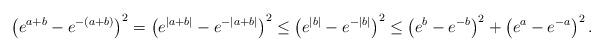
LaTeX: \begin{align*}\left(e^{a+b}-e^{-(a+b)} \right)^2 = \left(e^{|a+b|}-e^{-|a+b|} \right)^2 \leq \left(e^{|b|}-e^{-|b|} \right)^2 \leq \left(e^{b}-e^{-b} \right)^2 + \left(e^{a}-e^{-a} \right)^2. \end{align*}